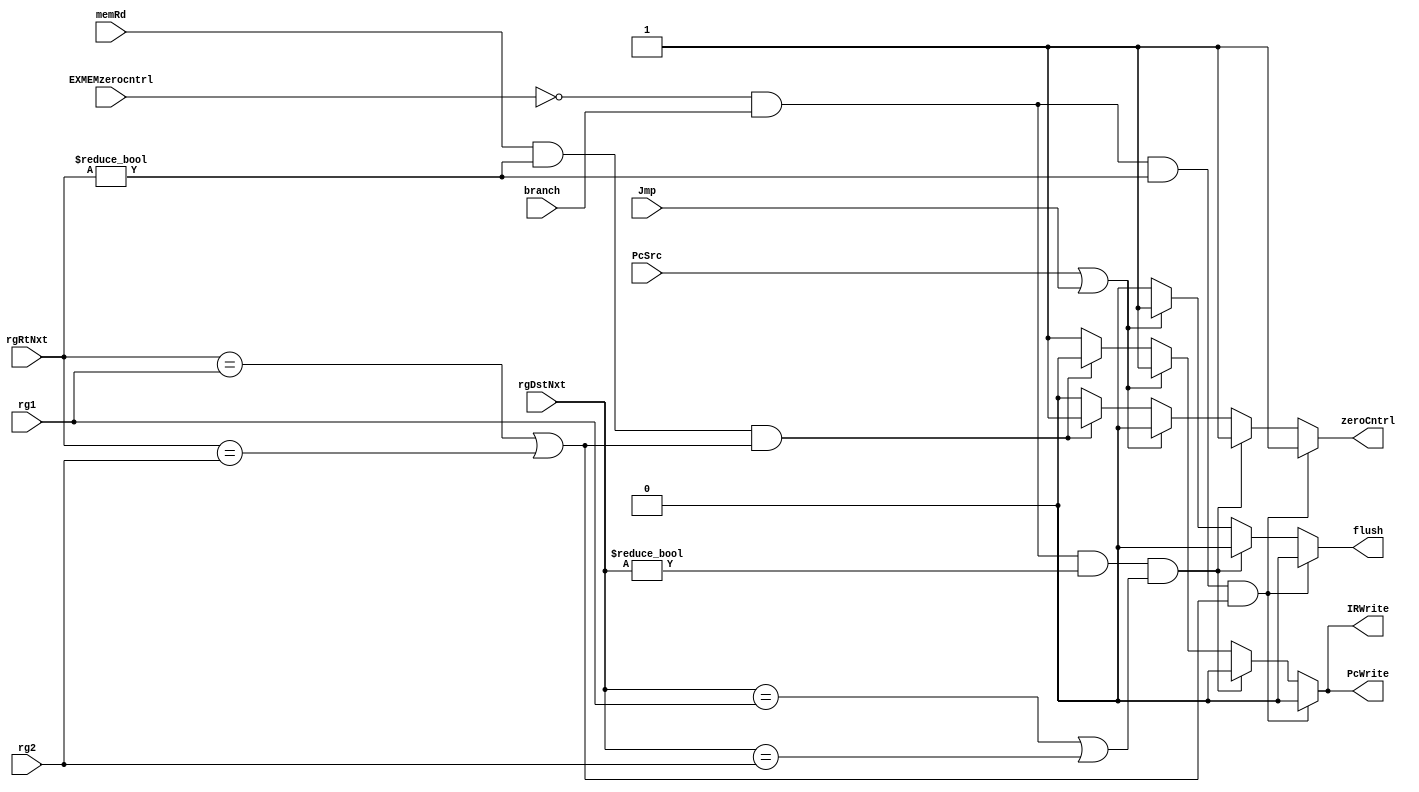
module HazardUnit(input PcSrc,Jmp,branch,memRd, EXMEMzerocntrl,input[4:0] rg1,input[4:0] rg2,input[4:0] rgDstNxt, input[4:0] rgRtNxt,output reg zeroCntrl,PcWrite,IRWrite,flush);
	wire ifFlush;
	assign ifFlush = PcSrc | Jmp;
	always@(PcSrc,Jmp,memRd,rg1,rg2,rgDstNxt,EXMEMzerocntrl) begin
		{zeroCntrl,flush} <= 2'b00;
		{PcWrite,IRWrite} <= 2'b11;
		if((EXMEMzerocntrl == 0) && branch && (rgRtNxt != 5'b0) && ((rgRtNxt == rg1) || (rgRtNxt == rg2)) ) begin
			zeroCntrl <= 1'b1;
			PcWrite <= 1'b0;
			IRWrite <= 1'b0;
			end
		else	if((EXMEMzerocntrl == 0) && branch && (rgDstNxt != 5'b0) && ((rgDstNxt == rg1) || (rgDstNxt == rg2)) ) begin
			zeroCntrl <= 1'b1;
			PcWrite <= 1'b0;
			IRWrite <= 1'b0;
		end else if(ifFlush) flush <= 1'b1;
		else if(memRd && (rgRtNxt != 5'b0) && ((rgRtNxt == rg1) || (rgRtNxt == rg2)) ) begin
			zeroCntrl <= 1'b1;
			PcWrite <= 1'b0;
			IRWrite <= 1'b0;	
		end
	end
endmodule